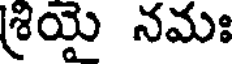
శ్రియై నమః